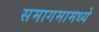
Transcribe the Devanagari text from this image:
समागमामध्ये